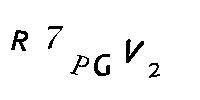
R7PGV2